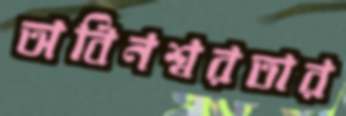
অবিনশ্বরতার